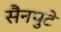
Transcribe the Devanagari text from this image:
सैनपुटे